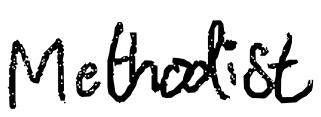
Text: Methodist
Cross-out: clean
Writing tool: digital_black